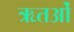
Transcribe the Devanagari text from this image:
ऋतओं